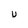
Character: U